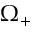
\Omega _ { + }